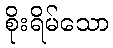
စိုးရိမ်သော